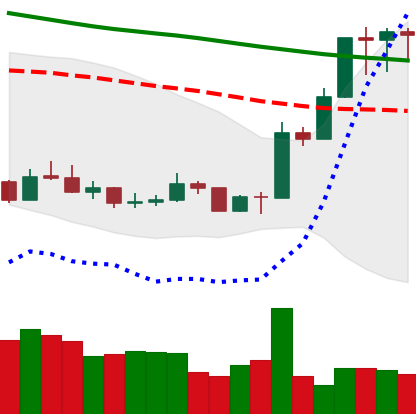
Ticker: XMR-USD
Chart end date: 2020-01-09
Forward return: 6.123%
Label: up_5_7